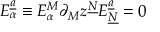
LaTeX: E _ { \alpha } ^ { \underline { { { a } } } } \equiv E _ { \alpha } ^ { M } \partial _ { M } z ^ { \underline { { { N } } } } E _ { \underline { { { N } } } } ^ { \underline { { { a } } } } = 0